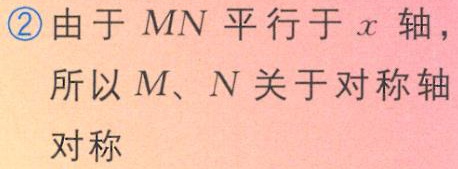
\textcircled{2}由于 \(MN\) 平行于 \(x\) 轴，

所以 \(M、N\) 关于对称轴

对称